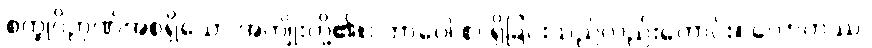
စက္ခုဝိဉာဏ်အစရှိသော အကျိုးတို့၏။) ဘာဝေါ စ၊ ရှိခြင်းသည်လည်းကောင်း။ လောကဿ၊